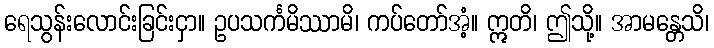
ရေသွန်းလောင်းခြင်းငှာ။ ဥပသင်္ကမိဿာမိ၊ ကပ်တော်အံ့။ ဣတိ၊ ဤသို့။ အာမန္တေသိ၊